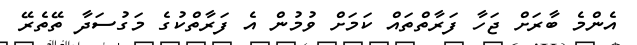
އެންމެ ބާރަށް ޖަހާ ފަރާތްތައް ކަމަށް ވުމުން އެ ފަރާތްކުގެ މަގުސަދާ ތޭތެރޭ